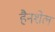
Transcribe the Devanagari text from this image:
हैनशेल